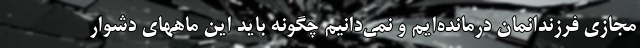
مجازی فرزندانمان درمانده‌ایم و نمی‌دانیم چگونه باید این ماههای دشوار